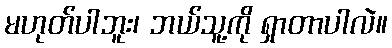
မဟုတ်ပါဘူး၊ ဘယ်သူ့ကို ရှာတာပါလဲ။